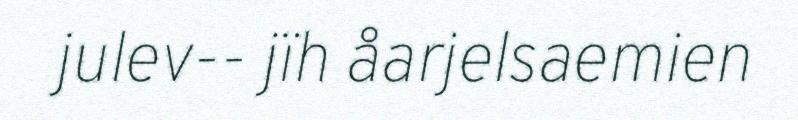
julev-‐ jïh åarjelsaemien